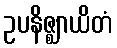
ဥပနိဇ္ဈာယိတံ